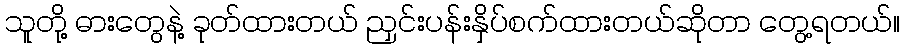
သူတို့ ဓားတွေနဲ့ ခုတ်ထားတယ် ညှင်းပန်းနှိပ်စက်ထားတယ်ဆိုတာ တွေ့ရတယ်။